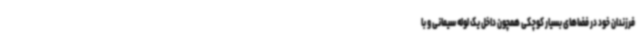
فرزندان خود در فضاهای بسیار کوچکی همچون داخل یک لوله سیمانی و با